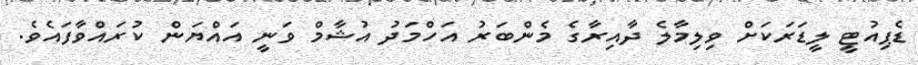
ޑެޕިއުޓީ ލީޑަރަކަށް ވިލިމާލެ ދާއިރާގެ މެންބަރު އަހްމަދު އުޝާމް ވަނީ އައްޔަން ކުރައްވާފައެވެ.